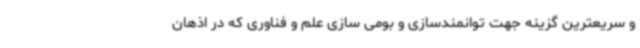
و سریعترین گزینه جهت توانمندسازی و بومی سازی علم و فناوری که در اذهان